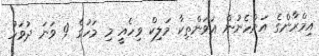
އިމްރާންގެ އަންހެނުން އަވަންތިކާ މަލިކް ވިހެއީ މި މަހުގެ 9 ވަނަ ދުވަހު